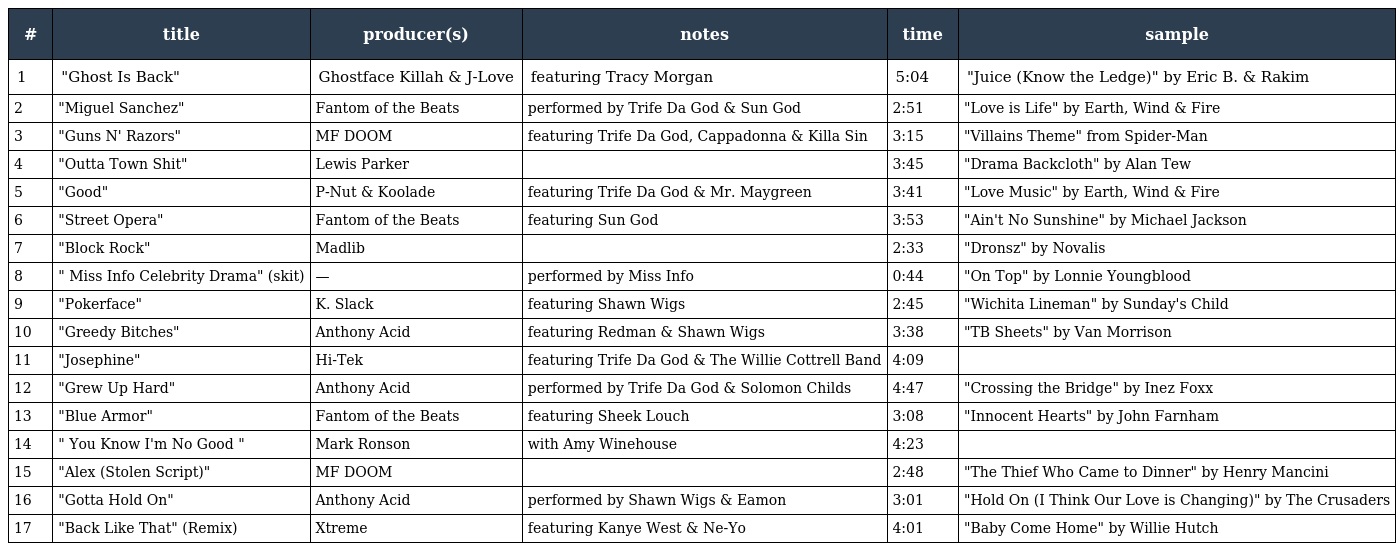
| # | title | producer(s) | notes | time | sample |
 | --- | --- | --- | --- | --- | --- |
 | 1 | "Ghost Is Back" | Ghostface Killah & J-Love | featuring Tracy Morgan | 5:04 | "Juice (Know the Ledge)" by Eric B. & Rakim |
 | 2 | "Miguel Sanchez" | Fantom of the Beats | performed by Trife Da God & Sun God | 2:51 | "Love is Life" by Earth, Wind & Fire |
 | 3 | "Guns N' Razors" | MF DOOM | featuring Trife Da God, Cappadonna & Killa Sin | 3:15 | "Villains Theme" from Spider-Man |
 | 4 | "Outta Town Shit" | Lewis Parker |  | 3:45 | "Drama Backcloth" by Alan Tew |
 | 5 | "Good" | P-Nut & Koolade | featuring Trife Da God & Mr. Maygreen | 3:41 | "Love Music" by Earth, Wind & Fire |
 | 6 | "Street Opera" | Fantom of the Beats | featuring Sun God | 3:53 | "Ain't No Sunshine" by Michael Jackson |
 | 7 | "Block Rock" | Madlib |  | 2:33 | "Dronsz" by Novalis |
 | 8 | " Miss Info Celebrity Drama" (skit) | — | performed by Miss Info | 0:44 | "On Top" by Lonnie Youngblood |
 | 9 | "Pokerface" | K. Slack | featuring Shawn Wigs | 2:45 | "Wichita Lineman" by Sunday's Child |
 | 10 | "Greedy Bitches" | Anthony Acid | featuring Redman & Shawn Wigs | 3:38 | "TB Sheets" by Van Morrison |
 | 11 | "Josephine" | Hi-Tek | featuring Trife Da God & The Willie Cottrell Band | 4:09 |  |
 | 12 | "Grew Up Hard" | Anthony Acid | performed by Trife Da God & Solomon Childs | 4:47 | "Crossing the Bridge" by Inez Foxx |
 | 13 | "Blue Armor" | Fantom of the Beats | featuring Sheek Louch | 3:08 | "Innocent Hearts" by John Farnham |
 | 14 | " You Know I'm No Good " | Mark Ronson | with Amy Winehouse | 4:23 |  |
 | 15 | "Alex (Stolen Script)" | MF DOOM |  | 2:48 | "The Thief Who Came to Dinner" by Henry Mancini |
 | 16 | "Gotta Hold On" | Anthony Acid | performed by Shawn Wigs & Eamon | 3:01 | "Hold On (I Think Our Love is Changing)" by The Crusaders |
 | 17 | "Back Like That" (Remix) | Xtreme | featuring Kanye West & Ne-Yo | 4:01 | "Baby Come Home" by Willie Hutch |